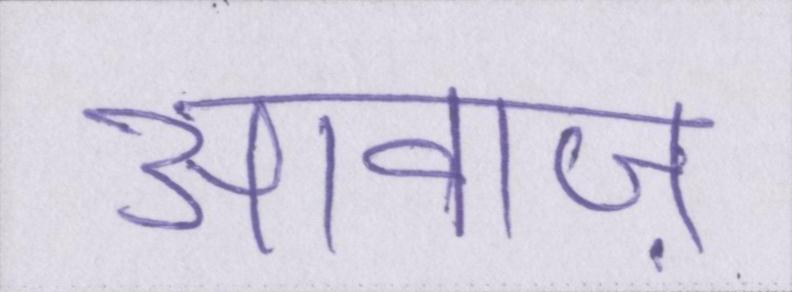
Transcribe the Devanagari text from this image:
आवाज़